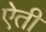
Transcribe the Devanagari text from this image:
ऐती